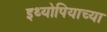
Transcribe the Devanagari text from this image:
इथ्योपियाच्या